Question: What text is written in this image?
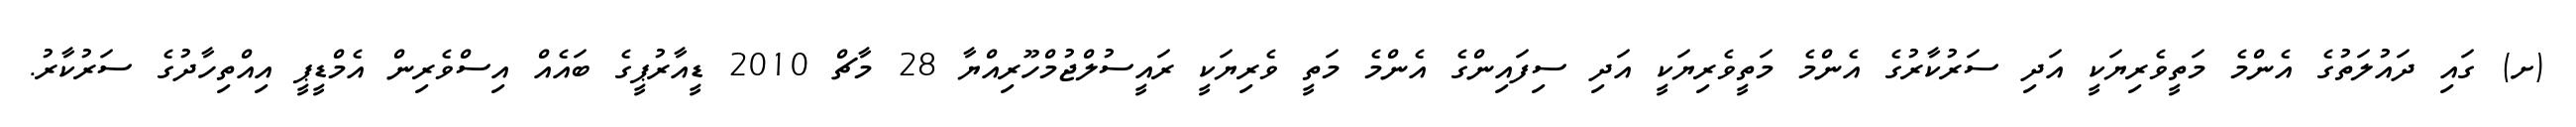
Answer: (ށ) ގައި ދައުލަތުގެ އެންމެ މަތީވެރިޔަކީ އަދި ސަރުކާރުގެ އެންމެ މަތީވެރިޔަކީ އަދި ސިފައިންގެ އެންމެ މަތީ ވެރިޔަކީ ރައީސުލްޖުމްހޫރިއްޔާ 28 މާޗް 2010 ޑީއާރުޕީގެ ބައެއް އިސްވެރިން އެމްޑީޕީ އިއްތިހާދުގެ ސަރުކާރު.